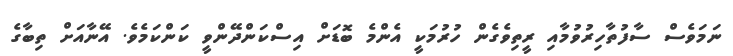
ނަމަވެސް ސާފުތާހިރުވުމާއި ރީތިވެގެން ހުރުމަކީ އެންމެ ބޮޑަށް އިސްކަންދޭންވީ ކަންކަމެވެ. އޭނާއަށް ތިބާގެ